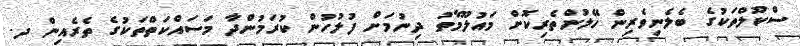
ސްކޫލްތަކުގެ ބެލެނިވެރިން ހޭލުންތެރިކޮށް މައުލޫމާތު ދިނުމަށް ފުލުހުން ކުރަމުންދާ މަސައްކަތްތަކުގެ ތެރެއިން ދ.